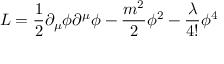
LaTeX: { \cal L } = \frac { 1 } { 2 } \partial _ { \mu } \phi \partial ^ { \mu } \phi - \frac { m ^ { 2 } } { 2 } \phi ^ { 2 } - \frac { \lambda } { 4 ! } \phi ^ { 4 }